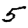
Digit: 5